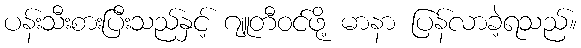
ပန်းသီးစားပြီးသည်နှင့် ဂျူတီဝင်ဖို့ မာနာ ပြန်လာခဲ့ရသည်။